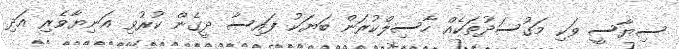
ސިޔާސީ ވަކި މަގުސަދުތަކެއް ހާސިލްކުރަން ބަޔަކު ފައިސާ ދީގެން ކުރުވި އަނިޔާވެރި އަދި